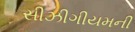
સીઝીગીયમની